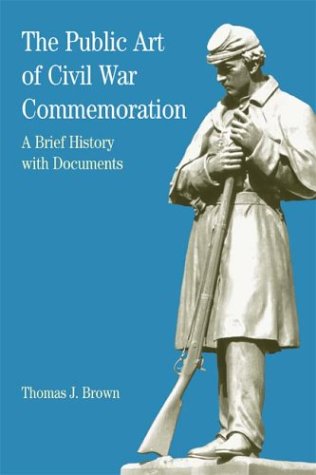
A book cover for The Public Art of Civil War Commemoration: A Brief History with Documents (Bedford Series in History & Culture); Thomas J. Brown; Crafts, Hobbies & Home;